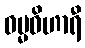
ဓမ္မဝိဟာရီ